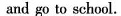
and go to school.